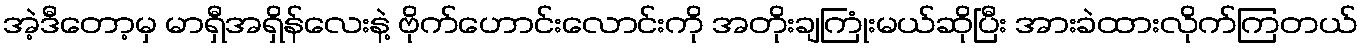
အဲ့ဒီတော့မှ မာရှီအရှိန်လေးနဲ့ ဗိုက်ဟောင်းလောင်းကို အတိုးချကြုံးမယ်ဆိုပြီး အားခဲထားလိုက်ကြတယ်